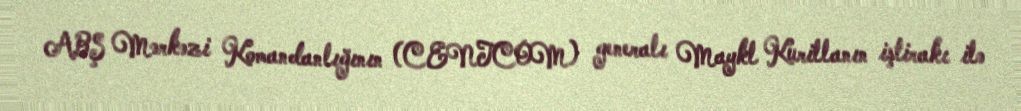
ABŞ Mərkəzi Komandanlığının (CENTCOM) generalı Maykl Kurillanın iştirakı ilə